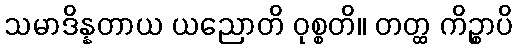
သမာဒိန္နတာယ ယညောတိ ဝုစ္စတိ။ တတ္ထ ကိဉ္စာပိ